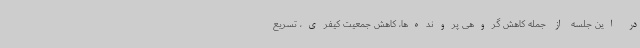
در این جلسه از جمله کاهش گروهی پرونده‌ها، کاهش جمعیت کیفری، تسریع